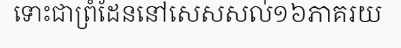
ទោះជាព្រំដែននៅសេសសល់១៦ភាគរយ